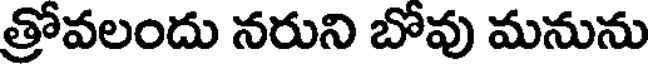
త్రోవలందు నరుని బోవు మనును